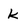
Character: k